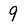
Character: 9